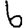
Digit: 6